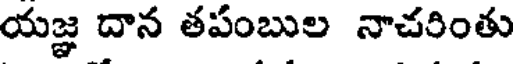
యజ్ఞ దాన తపంబుల నాచరింతు